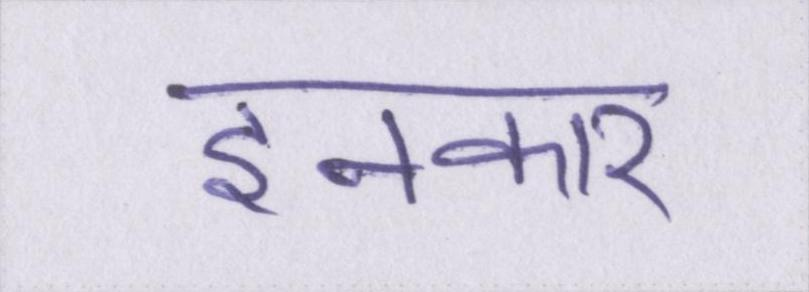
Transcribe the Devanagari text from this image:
इनकार